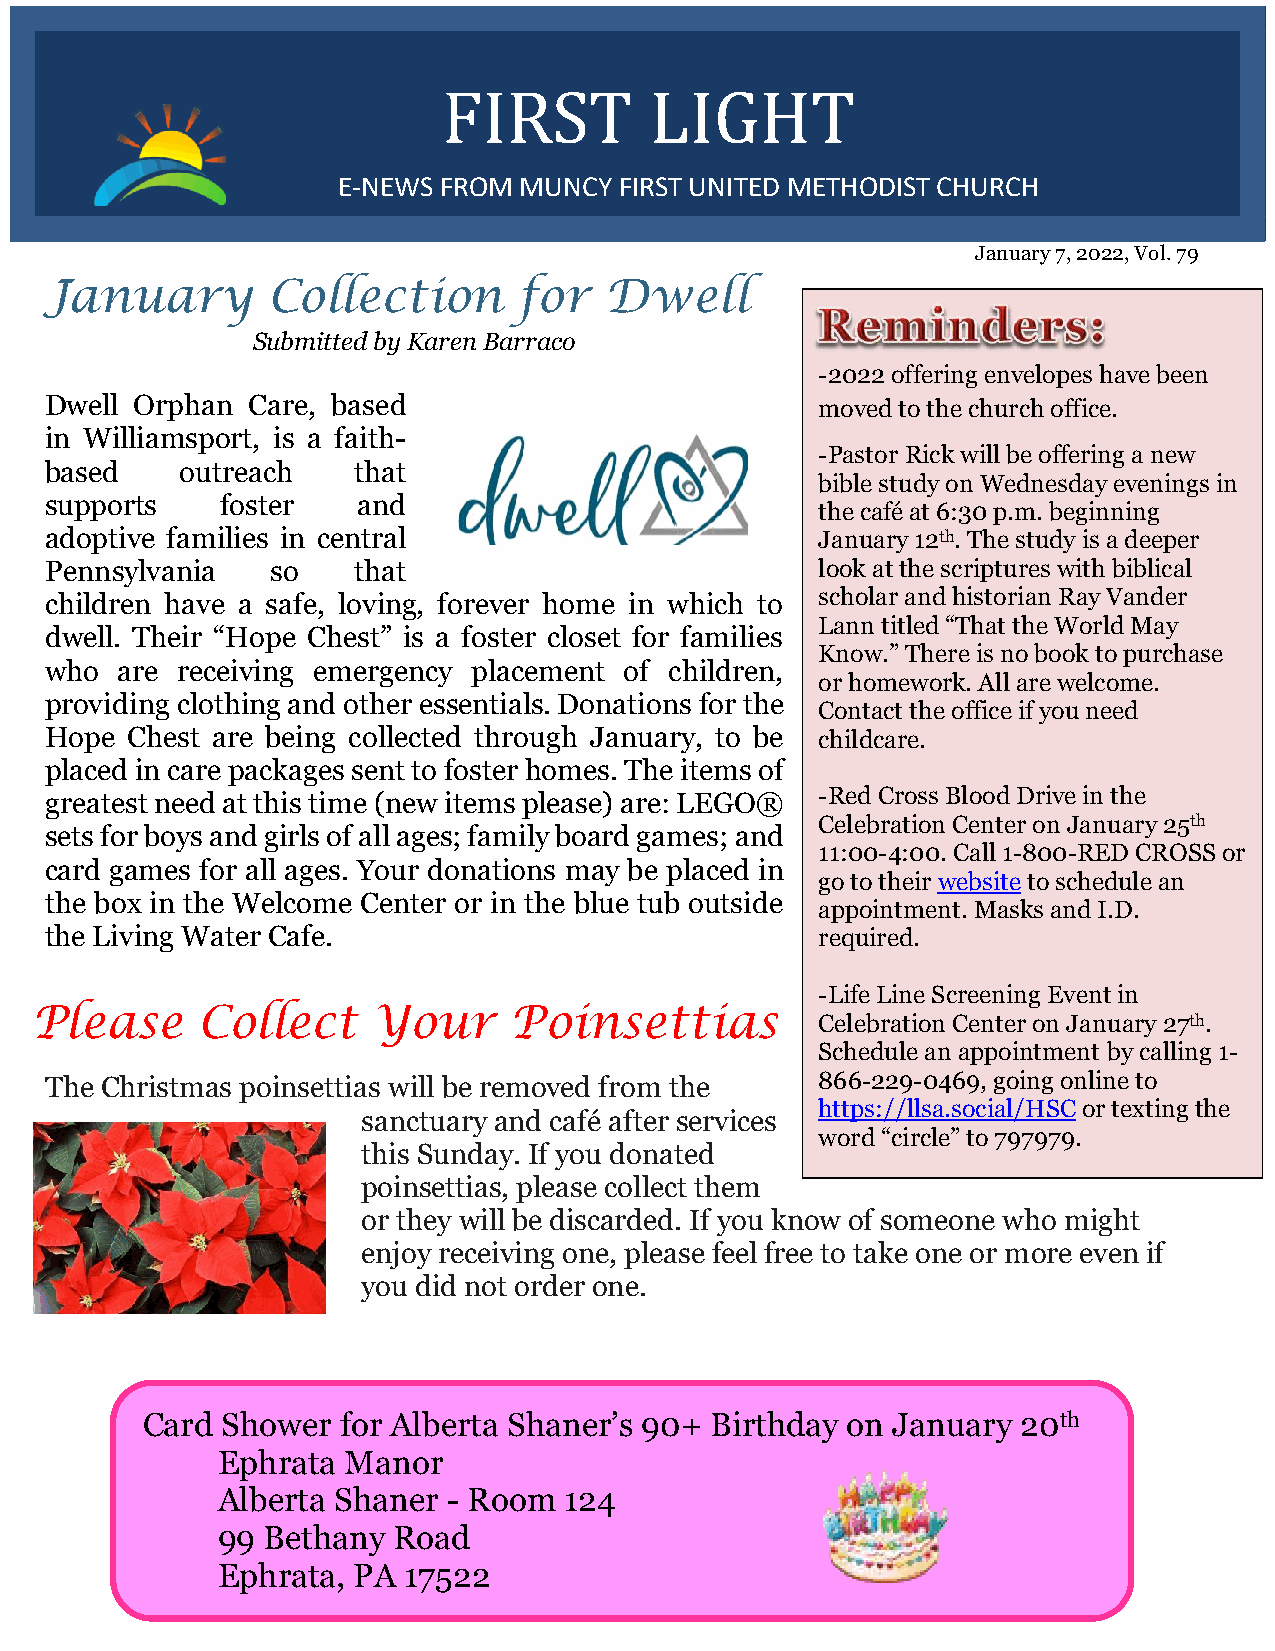
FIRST         LIGHT
 E-NEWS FROM MUNCY  FIRST UNITED METHODIST C HURCH
 January 7, 2022, Vol. 79
 January        Collection      for   Dwell
 Submitted by Karen Barraco
 -2022 offering envelopes have been
 Dwell Orphan Care, based                           moved to the church office.
 in Williamsport, is a faith-
 -Pastor Rick will be offering a new
 based    outreach   that
 bible study on Wednesday evenings in
 supports    foster   and
 the café at 6:30 p.m. beginning
 adoptive families in central                       January 12th. The study is a deeper
 Pennsylvania   so   that                           look at the scriptures with biblical
 children have a safe, loving, forever home in which to scholar and historian Ray Vander
 Lann titled “That the World May
 dwell. Their “Hope Chest” is a foster closet for families
 Know.” There is no book to purchase
 who  are receiving emergency placement of children,
 or homework. All are welcome.
 providing clothing and other essentials. Donations for the
 Contact the office if you need
 Hope Chest are being collected through January, to be childcare.
 placed in care packages sent to foster homes. The items of
 greatest need at this time (new items please) are: LEGO® -Red Cross Blood Drive in the
 Celebration Center on January 25th
 sets for boys and girls of all ages; family board games; and
 11:00-4:00. Call 1-800-RED CROSS or
 card games for all ages. Your donations may be placed in
 go to their website to schedule an
 the box in the Welcome Center or in the blue tub outside
 appointment. Masks and I.D.
 the Living Water Cafe.                             required.
 -Life Line Screening Event in
 Please     Collect     Your     Poinsettias         Celebration Center on January 27th.
 Schedule an appointment by calling 1-
 The Christmas poinsettias will be removed from the 866-229-0469, going online to
 https://llsa.social/HSC or texting the
 sanctuary and café after services
 word “circle” to 797979.
 this Sunday. If you donated
 poinsettias, please collect them
 or they will be discarded. If you know of someone who might
 enjoy receiving one, please feel free to take one or more even if
 you did not order one.
 Card  Shower  for Alberta Shaner’s 90+ Birthday on January 20th
 Ephrata  Manor
 Alberta Shaner  - Room 124
 99 Bethany  Road
 Ephrata, PA  17522